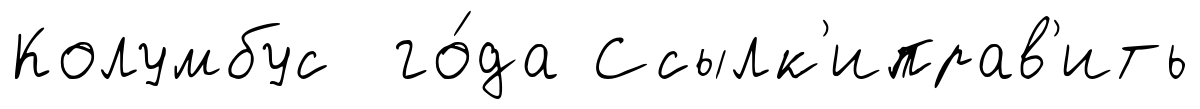
Колумбус го́да Ссылк'иправ'ить